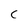
Character: c